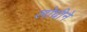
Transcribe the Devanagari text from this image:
लोधीने